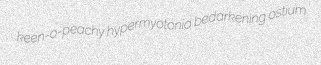
keen-o-peachy hypermyotonia bedarkening ostium